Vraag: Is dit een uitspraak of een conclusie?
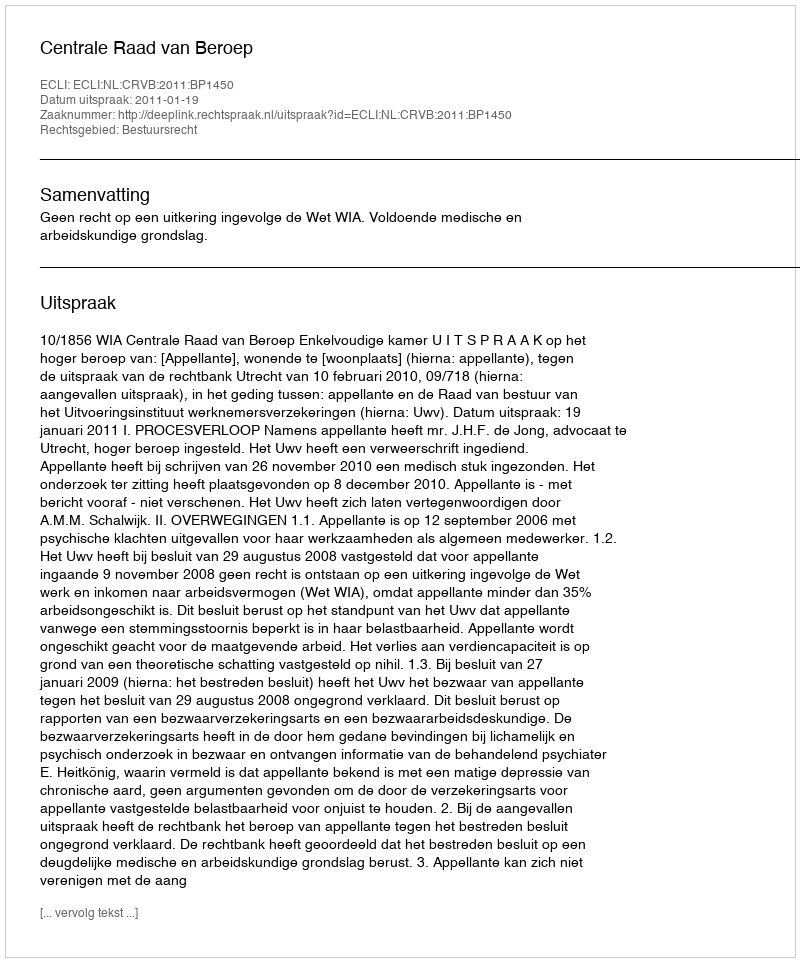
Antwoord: Uitspraak